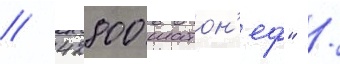
/ 42800 шатон'еф" /